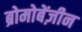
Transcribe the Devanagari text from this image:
ब्रोमोबेंज़ीन